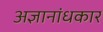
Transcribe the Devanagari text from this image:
अज्ञानांधकार